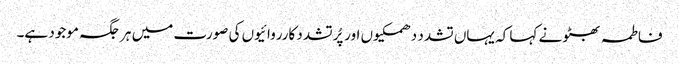
فاطمہ بھٹو نے کہا کہ یہاں تشدد دھمکیوں اور پُرتشدد کارروائیوں کی صورت میں ہر جگہ موجود ہے۔